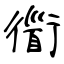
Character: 衟